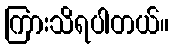
ကြားသိရပါတယ်။